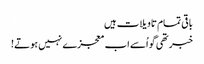
باقی تمام تاویلات ہیں
خبر تھی گو اُسے اب معجزے نہیں ہوتے!